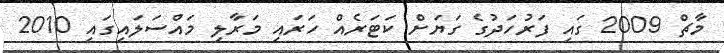
މާޗް 2009 ގައި ފަރުހަދުގެ ގަޔަށް ކަޓަރެއް ހަރައި މަރާލި މައްސަލައިގައި 2010